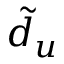
\tilde { d } _ { u }